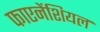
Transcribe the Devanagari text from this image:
फाएनेंशियल